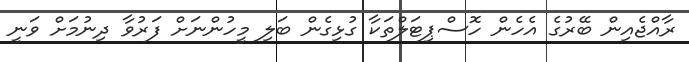
ރާއްޖެއިން ބޭރުގެ އެހެން ހޮސްޕިޓަލްތަކާ ގުޅިގެން ބަލި މީހުންނަށް ފަރުވާ ދިނުމަށް ވަނީ